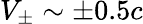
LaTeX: V_{\pm}\sim\pm 0.5c